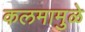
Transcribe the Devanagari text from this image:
कलमामुळे